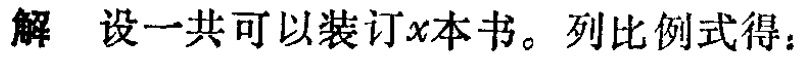
解 设一共可以装订\(x\)本书。列比例式得：